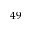
4 9